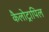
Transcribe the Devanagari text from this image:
कैलोट्रापिल